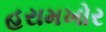
હરામખોર